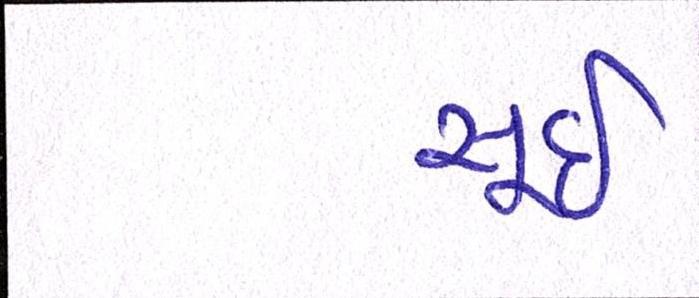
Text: સૂઈ